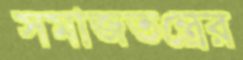
সমাজতন্ত্রের